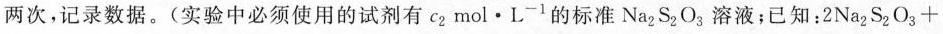
两次，记录数据。(实验中必须使用的试剂有c_{2}mol·L^{-1}的标准Na_{2}S_{2}O_{3}溶液；已知： $$2 Na_{ 2 } S_{ 2 } O_{ 3 } +